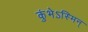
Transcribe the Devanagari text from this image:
कुंभेऽस्मिन्